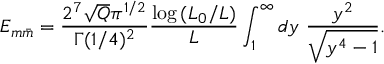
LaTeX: E _ { m \bar { m } } = { \frac { 2 ^ { 7 } \sqrt { Q } \pi ^ { 1 / 2 } } { \Gamma ( 1 / 4 ) ^ { 2 } } } { \frac { \log { ( L _ { 0 } / L ) } } { L } } \int _ { 1 } ^ { \infty } d y \ { \frac { y ^ { 2 } } { \sqrt { y ^ { 4 } - 1 } } } .